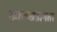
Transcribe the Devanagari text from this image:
कालखंडांनंतर